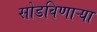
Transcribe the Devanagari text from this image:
सोडविणाऱ्या